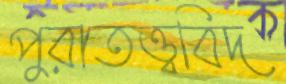
পুরাতত্ত্ববিদ